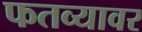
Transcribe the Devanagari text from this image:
फतव्यावर